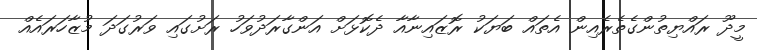
މީދޫ ރައްޔިތުންގެތެރެއިން އެތައް ބަޔަކު ރޮޒައިނާއާ ދެކޮޅަށް އަންގާރަދުވަހު ރަށުގައި ވަރުގަދަ މުޒާހަރައެއް